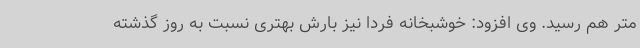
متر هم رسید. وی افزود: خوشبخانه فردا نیز بارش بهتری نسبت به روز گذشته